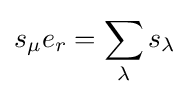
\displaystyle s_{\mu }e_{r}=\sum _{\lambda }s_{\lambda }